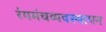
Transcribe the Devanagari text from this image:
रंगमंचव्यवस्थापन